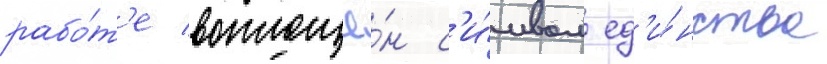
рабо́т'е воплощё́н с'и́мвол ед'и́нства